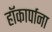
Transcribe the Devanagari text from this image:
हॉकार्पाना